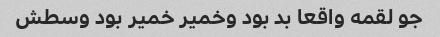
جو لقمه واقعا بد بود وخمیر خمیر بود وسطش